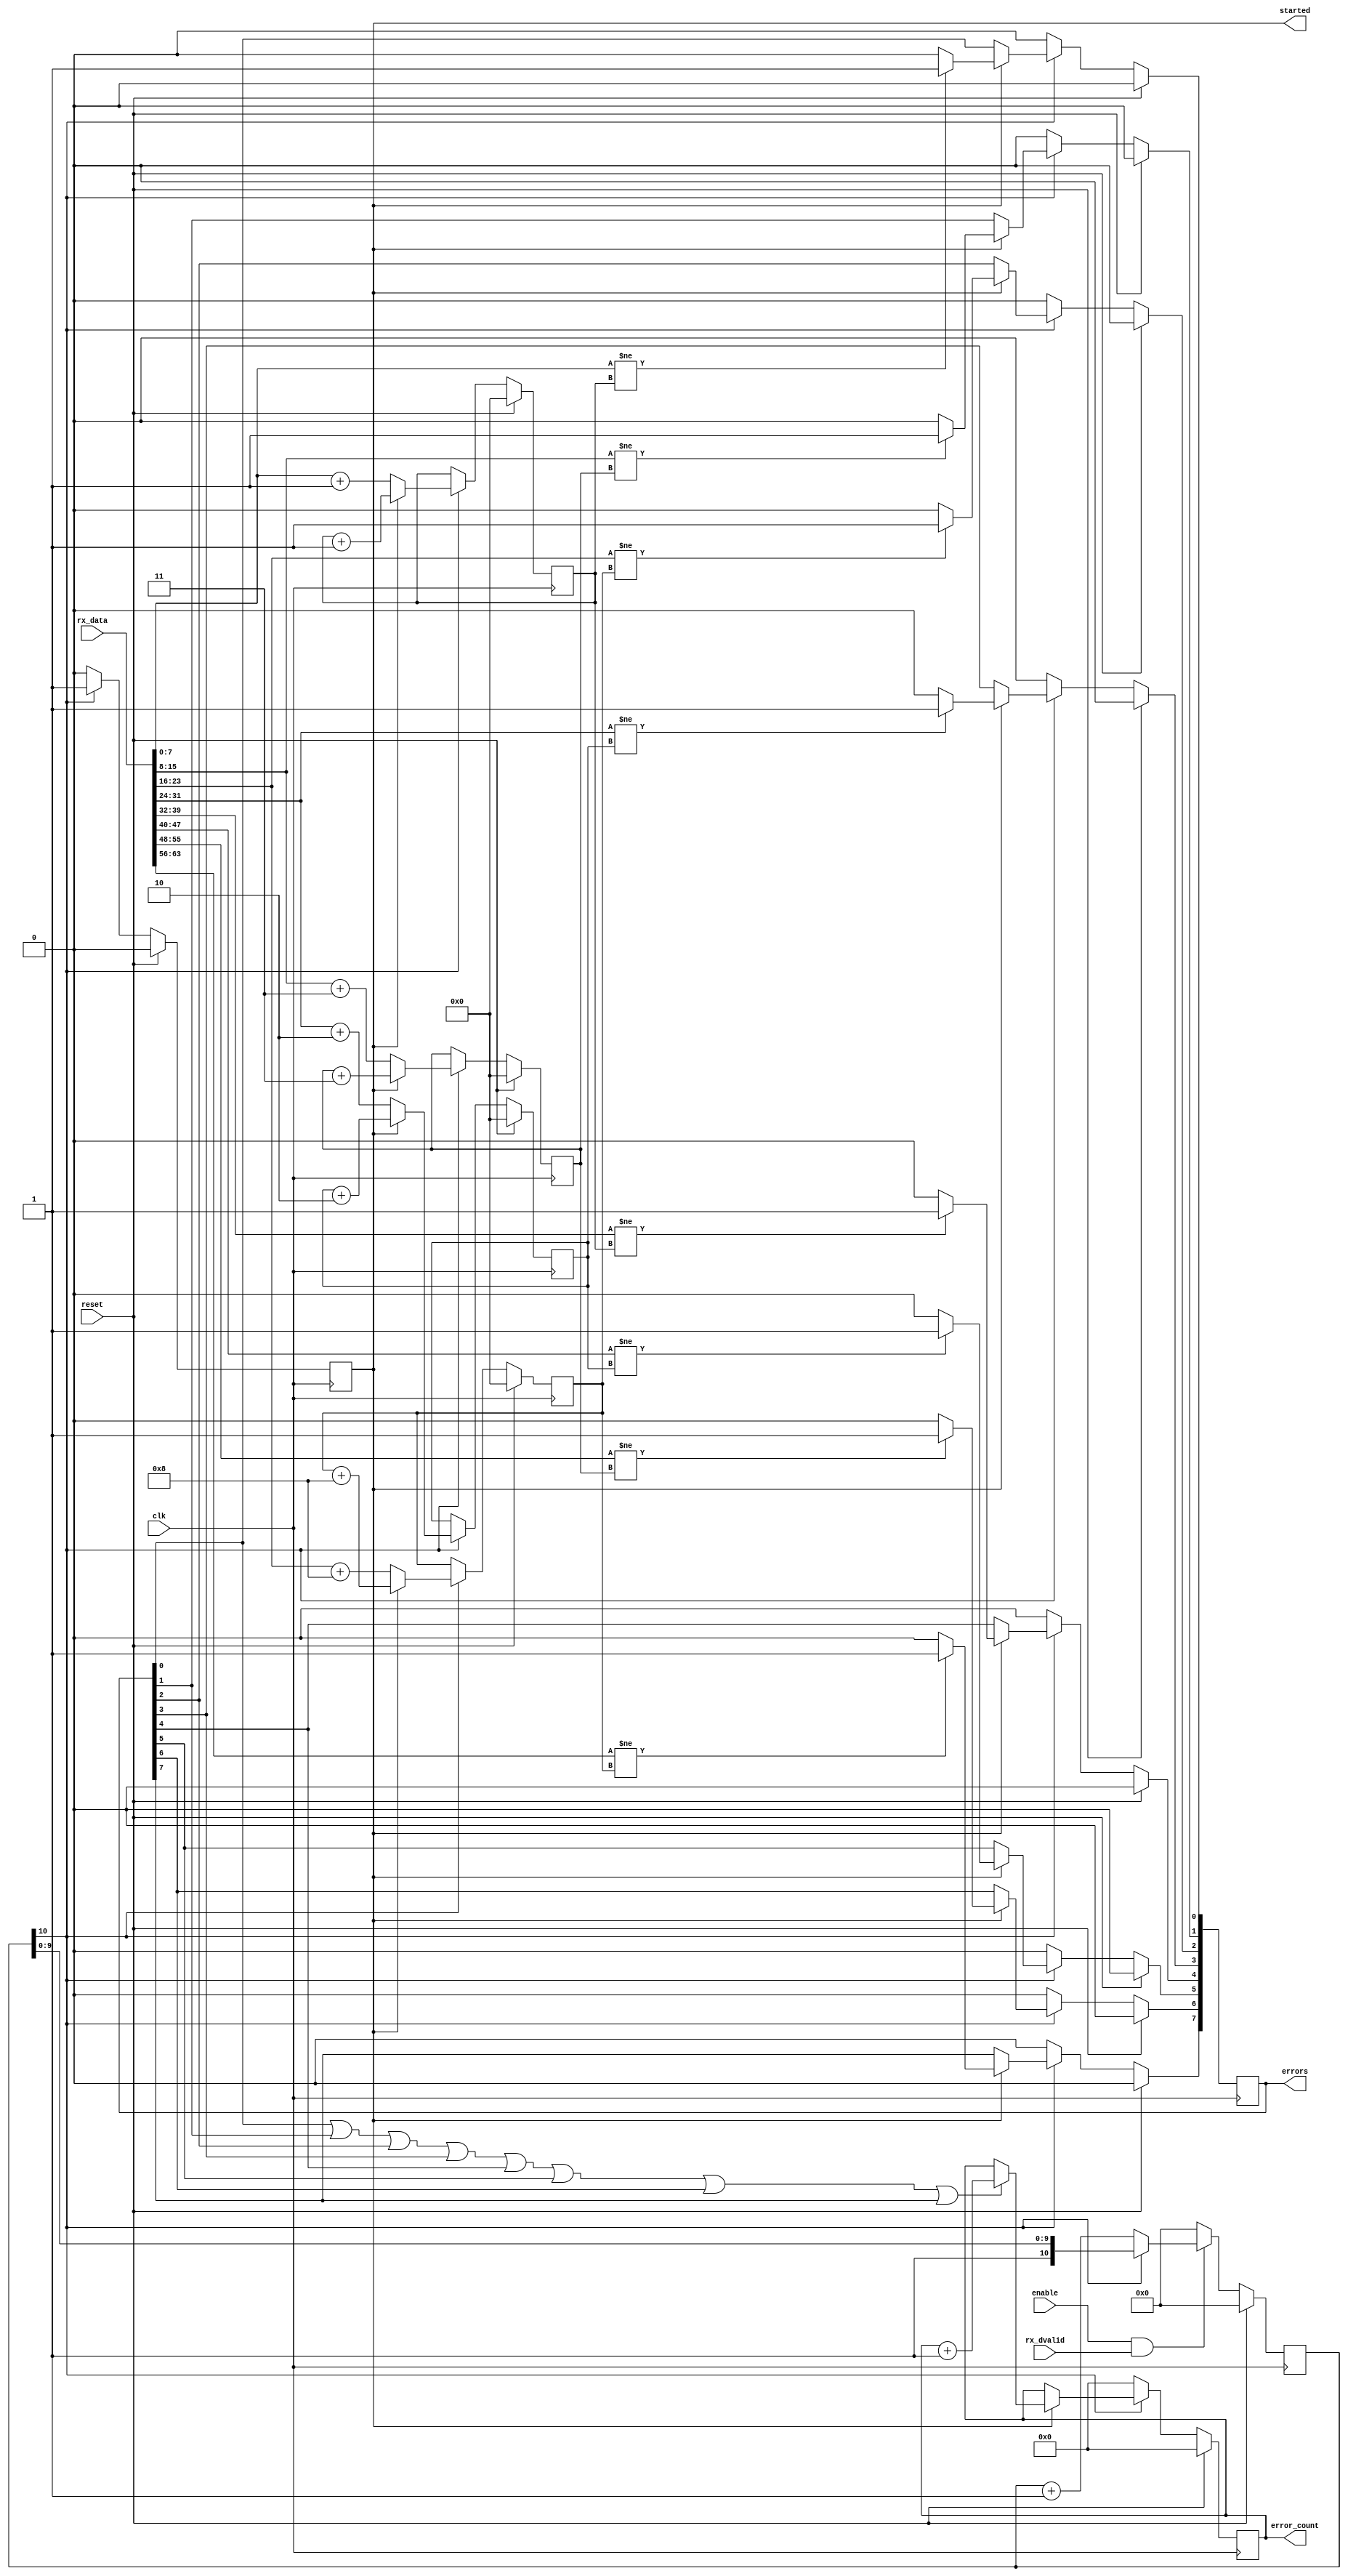
//---------------------------------------------------------------------
// Title   : Rx Data Checker
// Project : JESD204
//---------------------------------------------------------------------
//---------------------------------------------------------------------
// Description:
//
//---------------------------------------------------------------------
// (c) Copyright 2012-2013 Xilinx, Inc. All rights reserved.
//
// This file contains confidential and proprietary information
// of Xilinx, Inc. and is protected under U.S. and
// international copyright and other intellectual property
// laws.
//
// DISCLAIMER
// This disclaimer is not a license and does not grant any
// rights to the materials distributed herewith. Except as
// otherwise provided in a valid license issued to you by
// Xilinx, and to the maximum extent permitted by applicable
// law: (1) THESE MATERIALS ARE MADE AVAILABLE "AS IS" AND
// WITH ALL FAULTS, AND XILINX HEREBY DISCLAIMS ALL WARRANTIES
// AND CONDITIONS, EXPRESS, IMPLIED, OR STATUTORY, INCLUDING
// BUT NOT LIMITED TO WARRANTIES OF MERCHANTABILITY, NON-
// INFRINGEMENT, OR FITNESS FOR ANY PARTICULAR PURPOSE; and
// (2) Xilinx shall not be liable (whether in contract or tort,
// including negligence, or under any other theory of
// liability) for any loss or damage of any kind or nature
// related to, arising under or in connection with these
// materials, including for any direct, or any indirect,
// special, incidental, or consequential loss or damage
// (including loss of data, profits, goodwill, or any type of
// loss or damage suffered as a result of any action brought
// by a third party) even if such damage or loss was
// reasonably foreseeable or Xilinx had been advised of the
// possibility of the same.
//
// CRITICAL APPLICATIONS
// Xilinx products are not designed or intended to be fail-
// safe, or for use in any application requiring fail-safe
// performance, such as life-support or safety devices or
// systems, Class III medical devices, nuclear facilities,
// applications related to the deployment of airbags, or any
// other applications that could lead to death, personal
// injury, or severe property or environmental damage
// (individually and collectively, "Critical
// Applications"). Customer assumes the sole risk and
// liability of any use of Xilinx products in Critical
// Applications, subject only to applicable laws and
// regulations governing limitations on product liability.
//
// THIS COPYRIGHT NOTICE AND DISCLAIMER MUST BE RETAINED AS
// PART OF THIS FILE AT ALL TIMES.
//
//----------------------------------------------------------------------------
module rx_datacomp(
  input             clk,
  input             reset,
  input             enable,

  input             rx_dvalid,
  input [63:0]      rx_data,

  output reg [7:0]  errors,
  output reg [31:0] error_count,
  output reg        started
  );


  reg[10:0] startup;

  reg[ 7:0] byte_a;
  reg[ 7:0] byte_b;
  reg[ 7:0] byte_c;
  reg[ 7:0] byte_d;


  always @(posedge clk)
  begin

    if (reset == 1'b1) begin

      startup     <= 11'b0;
      started     <= 1'b0;

      byte_a      <= 8'h00;
      byte_b      <= 8'h00;
      byte_c      <= 8'h00;
      byte_d      <= 8'h00;

      errors      <= 8'b0;
      error_count <= 32'b0;

    end

    else begin

      // If enabled and data valid, compare to expected sequence
      if ((enable == 1'b1) && (rx_dvalid == 1'b1)) begin

        // counter to delay comparision start (allow for Tx-Rx latency on mode switch)
        if (startup[10] == 1'b0)
          startup <= startup + 1;

      end

      else
        startup <= 11'b0;


      if (startup[10] == 1'b1) begin

        // Transmit data format is :
        // data_out <=  {byte_d, byte_c, byte_b,  byte_a, byte_b, byte_d, byte_c, byte_a};   // Digital
        //
        // and data pattern is :
        // 4 8-bit byte values, incremented by different steps
        //    byte_a <= byte_a + 1;
        //    byte_b <= byte_b + 2;
        //    byte_c <= byte_c + 3;
        //    byte_d <= byte_d + 8;

        // Grab 1st valid data to start reference data pattern
        if (started == 1'b0) begin
          started <= 1'b1;
          byte_a  <= rx_data[ 7:0]  + 1;      // Byte A increments by 1
          byte_c  <= rx_data[15:8]  + 3;      // Byte C increments by 3
          byte_d  <= rx_data[23:16] + 8;      // Byte D increments by 8
          byte_b  <= rx_data[31:24] + 2;      // Byte B increments by 2
        end
        else begin

          // Compare incoming data to reference pattern
          if (rx_data[7:0] != byte_a)
            errors[0] <= 1'b1;
          else
            errors[0] <= 1'b0;

          if (rx_data[15:8] != byte_c)
            errors[1] <= 1'b1;
          else
            errors[1] <= 1'b0;

          if (rx_data[23:16] != byte_d)
            errors[2] <= 1'b1;
          else
            errors[2] <= 1'b0;

          if (rx_data[31:24] != byte_b)
            errors[3] <= 1'b1;
          else
            errors[3] <= 1'b0;

          if (rx_data[39:32] != byte_a)
            errors[4] <= 1'b1;
          else
            errors[4] <= 1'b0;

          if (rx_data[47:40] != byte_b)
            errors[5] <= 1'b1;
          else
            errors[5] <= 1'b0;

          if (rx_data[55:48] != byte_c)
            errors[6] <= 1'b1;
          else
            errors[6] <= 1'b0;

          if (rx_data[63:56] != byte_d)
            errors[7] <= 1'b1;
          else
            errors[7] <= 1'b0;

          if (errors[0] | errors[1] | errors [2] | errors[3] | errors[4] | errors[5] | errors[6] | errors[7])
            error_count <= error_count + 1;


          // Maintain the reference pattern
          byte_a  <= byte_a + 1;      // Byte A increments by 1
          byte_b  <= byte_b + 2;      // Byte C increments by 2
          byte_c  <= byte_c + 3;      // Byte D increments by 3
          byte_d  <= byte_d + 8;      // Byte B increments by 8

        end
      end
      else begin
        started     <=  1'b0;
        errors      <=  8'b0;
        error_count <= 32'b0;
      end

    end


  end

endmodule